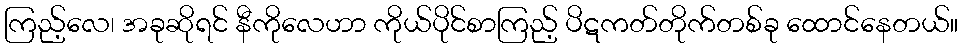
ကြည့်လေ၊ အခုဆိုရင် နီကိုလေဟာ ကိုယ်ပိုင်စာကြည့် ပိဋကတ်တိုက်တစ်ခု ထောင်နေတယ်။